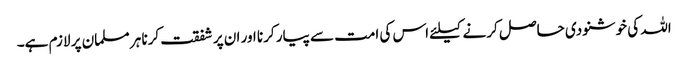
اللہ کی خوشنودی حاصل کرنے کیلئے اس کی امت سے پیار کرنا اور ان پر شفقت کرنا ہر مسلمان پر لازم ہے۔